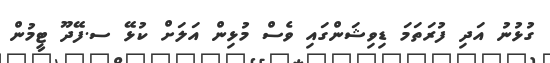
ގުޅުނު އަދި ފުރަތަމަ ޑިވިޝަންގައި ވެސް މުޅިން އަލަށް ކުޅޭ ސ.ފޭދޫ ޓީމުން